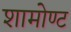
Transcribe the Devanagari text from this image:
शामोण्ट